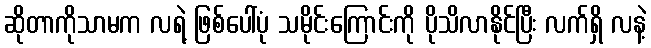
ဆိုတာကိုသာမက လရဲ့ ဖြစ်ပေါ်ပုံ သမိုင်းကြောင်းကို ပိုသိလာနိုင်ပြီး လက်ရှိ လနဲ့